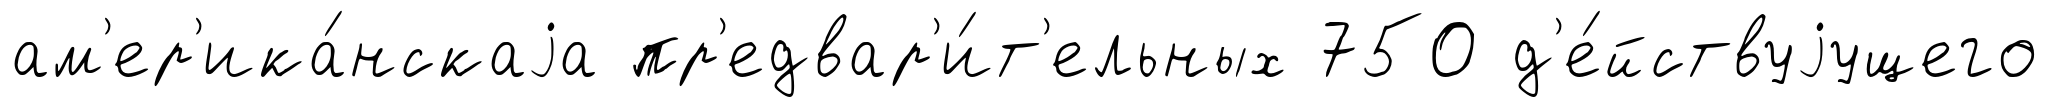
ам'ер'ика́нскаjа пр'едвар'и́т'ельных 750 д'е́йствуjущего